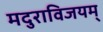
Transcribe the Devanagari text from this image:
मदुराविजयम्